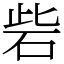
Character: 砦